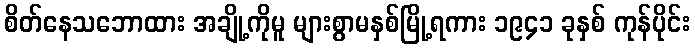
စိတ်နေသဘောထား အချို့ကိုမူ များစွာမနှစ်မြို့ရကား ၁၉၄၁ ခုနှစ် ကုန်ပိုင်း